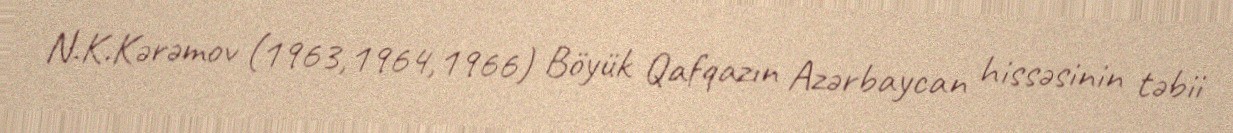
N.K.Kərəmov (1963,1964,1966) Böyük Qafqazın Azərbaycan hissəsinin təbii